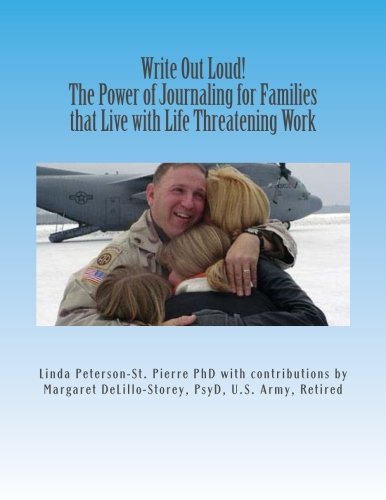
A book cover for Write Out Loud!: The Power of Journaling for Families that Live with Life Threatening Work; Dr. Linda Peterson-St. Pierre PhD; Parenting & Relationships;